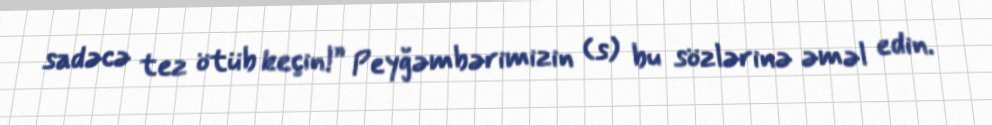
sadəcə tez ötüb keçin!” Peyğəmbərimizin (s) bu sözlərinə əməl edin.